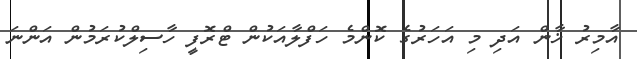
އާމިރު ޚާން އަދި މި އަހަރުގެ ކޮންމެ ހަފްލާއަކުން ޓްރޮފީ ހާސިލްކުރަމުން އަންނަ